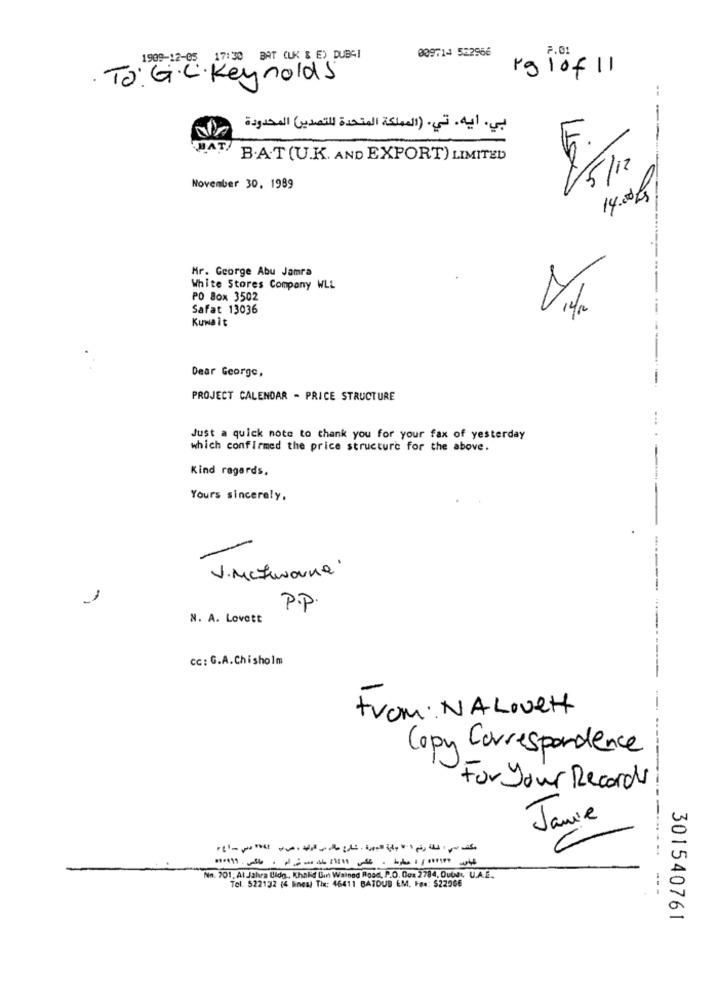
F.01
1909-12-05 17:30 BAT (LK & E) DUBAI
009714 532966
rglof 11
.To: G.C. Key nolds
بي. ايه. تي. (المملكة المتحدة للتصدير) المحدودة
BA
5.
B.A.T(U.K. AND EXPORT) LIMITED
14.0 g
November 30, 1989
Mr. George Abu Jamra
White Stores Company WLL
PO Box 3502
Safat 13036
Kuwait
Dear George,
PROJECT CALENDAR - PRICE STRUCTURE
Just a quick note to thank you for your fax of yesterday
which confirmed the price structure for the above.
Kind regards,
Yours sincerely,
V.Mczworne'
1
P.P.
N. A. Lovett
cc: G.A. Chisholm
trom: NALOvet
Copy Correspondence
For your Records
Jamie
Nn. 701, At Jahra Uldg ., Khakd Gin Wained Road, P.O. Oux 2784. Outer, U.A.E.
Tel. 522132 (4 Binesl Tix: 46411 BATOUS &M. Fax: $22966
301540761